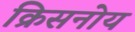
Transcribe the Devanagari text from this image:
क्रिसनोय